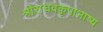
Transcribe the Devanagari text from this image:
श्रीराघवकृपाभाष्य